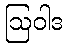
ဩဝါဒ